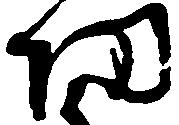
功